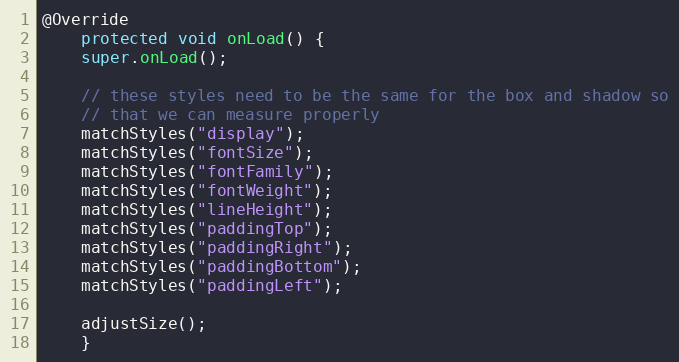
Language: Java
@Override
    protected void onLoad() {
	super.onLoad();

	// these styles need to be the same for the box and shadow so
	// that we can measure properly
	matchStyles("display");
	matchStyles("fontSize");
	matchStyles("fontFamily");
	matchStyles("fontWeight");
	matchStyles("lineHeight");
	matchStyles("paddingTop");
	matchStyles("paddingRight");
	matchStyles("paddingBottom");
	matchStyles("paddingLeft");

	adjustSize();
    }